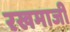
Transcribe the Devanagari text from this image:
रखमाजी